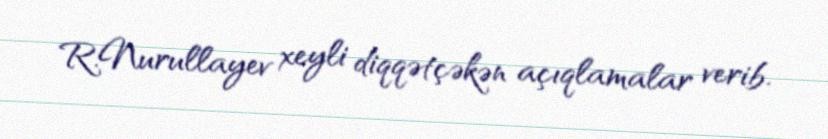
R.Nurullayev xeyli diqqətçəkən açıqlamalar verib.